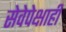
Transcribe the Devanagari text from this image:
सेवेपेक्षाही